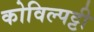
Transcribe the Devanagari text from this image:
कोविल्पट्टी